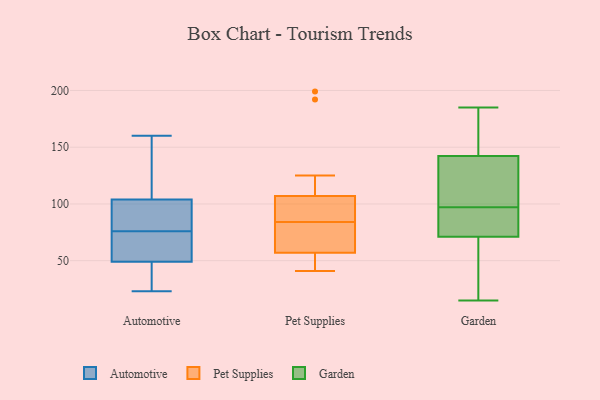
{"axis": {"x": "Market Share (%)", "y": "Value"}, "legend": ["Automotive", "Garden", "Pet Supplies"], "data": [{"x": "", "y": 41, "type": "Automotive"}, {"x": "", "y": 104, "type": "Automotive"}, {"x": "", "y": 106, "type": "Automotive"}, {"x": "", "y": 79, "type": "Automotive"}, {"x": "", "y": 67, "type": "Automotive"}, {"x": "", "y": 78, "type": "Automotive"}, {"x": "", "y": 160, "type": "Automotive"}, {"x": "", "y": 49, "type": "Automotive"}, {"x": "", "y": 74, "type": "Automotive"}, {"x": "", "y": 41, "type": "Automotive"}, {"x": "", "y": 142, "type": "Automotive"}, {"x": "", "y": 23, "type": "Automotive"}, {"x": "", "y": 74, "type": "Automotive"}, {"x": "", "y": 101, "type": "Automotive"}, {"x": "", "y": 57, "type": "Pet Supplies"}, {"x": "", "y": 99, "type": "Pet Supplies"}, {"x": "", "y": 68, "type": "Pet Supplies"}, {"x": "", "y": 41, "type": "Pet Supplies"}, {"x": "", "y": 192, "type": "Pet Supplies"}, {"x": "", "y": 107, "type": "Pet Supplies"}, {"x": "", "y": 55, "type": "Pet Supplies"}, {"x": "", "y": 199, "type": "Pet Supplies"}, {"x": "", "y": 125, "type": "Pet Supplies"}, {"x": "", "y": 84, "type": "Pet Supplies"}, {"x": "", "y": 75, "type": "Pet Supplies"}, {"x": "", "y": 84, "type": "Pet Supplies"}, {"x": "", "y": 49, "type": "Pet Supplies"}, {"x": "", "y": 101, "type": "Pet Supplies"}, {"x": "", "y": 185, "type": "Garden"}, {"x": "", "y": 97, "type": "Garden"}, {"x": "", "y": 109, "type": "Garden"}, {"x": "", "y": 137, "type": "Garden"}, {"x": "", "y": 121, "type": "Garden"}, {"x": "", "y": 163, "type": "Garden"}, {"x": "", "y": 83, "type": "Garden"}, {"x": "", "y": 174, "type": "Garden"}, {"x": "", "y": 15, "type": "Garden"}, {"x": "", "y": 68, "type": "Garden"}, {"x": "", "y": 144, "type": "Garden"}, {"x": "", "y": 89, "type": "Garden"}, {"x": "", "y": 74, "type": "Garden"}, {"x": "", "y": 37, "type": "Garden"}, {"x": "", "y": 70, "type": "Garden"}]}